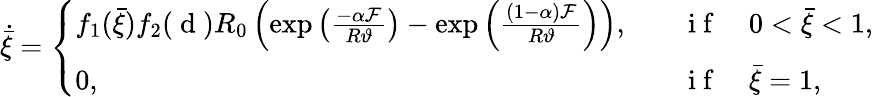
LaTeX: \dot{\bar{\xi}}=\left\{ \begin{array}{ll}{f_{1}(\bar{\xi})f_{2}(\mathrm{~d~})R_{0}\left(\exp\left(\frac{-\alpha\mathcal{F}}{R\vartheta}\right)-\exp\left(\frac{(1-\alpha)\mathcal{F}}{R\vartheta}\right)\right),}&{\quad\mathrm{~i~f~}\quad 0<\bar{\xi}<1,}\\ {0,}&{\quad\mathrm{~i~f~}\quad\bar{\xi}=1,}\end{array}\right.